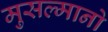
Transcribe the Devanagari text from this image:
मुसल्मानो